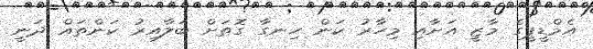
އެމްޑީޕީގެ މާޒީ އަށާއި މިހާރު ކަން ހިނގާ ގޮތަށް ބަލާއިރު ކަންތައް ދަނީ